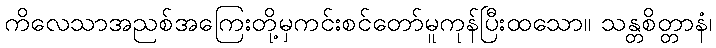
ကိလေသာအညစ်အကြေးတို့မှကင်းစင်တော်မူကုန်ပြီးထသော။ သန္တစိတ္တာနံ၊